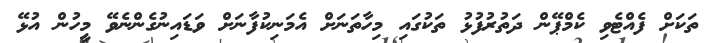
ތަކަށް ފެއްޓެވި ކެމްޕޭން ދަތުރުފުޅު ތަކުގައި މިހާތަނަށް އެމަނިކުފާނަށް ވަޑައިނުގެންނެވޭ މީހުން އުޅޭ